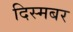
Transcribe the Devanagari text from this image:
दिस्मबर